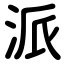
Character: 派